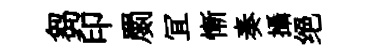
芻印罽冝慚奏攝绝